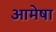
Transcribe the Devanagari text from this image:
आमेषा